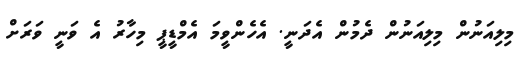
މިލިއަނުން މިލިއަނުން ދެމުން އެދަނީ. އެހެންވީމަ އެމްޑީޕީ މިހާރު އެ ވަނީ ވަރަށް